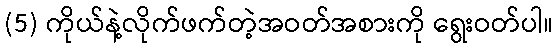
(5) ကိုယ်နဲ့လိုက်ဖက်တဲ့အဝတ်အစားကို ရွေးဝတ်ပါ။